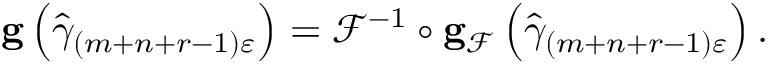
\begin{array} { r } { \mathbf { g } \left( \widehat { \gamma } _ { \left( m + n + r - 1 \right) \varepsilon } \right) = \mathcal { F } ^ { - 1 } \circ \mathbf { g } _ { \mathcal { F } } \left( \widehat { \gamma } _ { \left( m + n + r - 1 \right) \varepsilon } \right) . } \end{array}